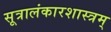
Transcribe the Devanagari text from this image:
सूत्रालंकारशास्त्रम्